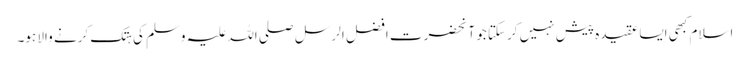
اسلام کبھی ایسا عقیدہ پیش نہیں کرسکتا جو آنحضرت افضل الرسل صلی اللہ علیہ وسلم کی ہتک کرنے والا ہو۔